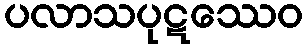
ပလာသပုဋဿေဝ